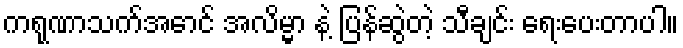
ကရုဏာသက်အောင် အလိမ္မာ နဲ့ ပြန်ဆွဲတဲ့ သီချင်း ရေးပေးတာပါ။